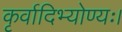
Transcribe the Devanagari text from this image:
कृर्वादिभ्योण्यः।